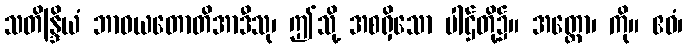
သတိန္ဒြိယံ ဘာဝယတောတိအာဒီသု၊ ဤသို့ အစရှိသော ပါဌ်တို့၌။ အတ္ထော၊ ကို။ ဧဝံ၊